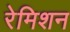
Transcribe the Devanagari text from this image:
रेमिशन